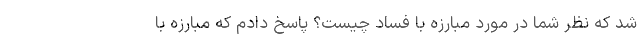
شد که نظر شما در مورد مبارزه با فساد چیست؟ پاسخ دادم که مبارزه با